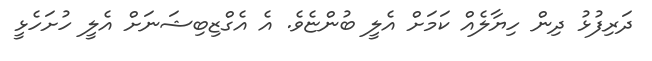
ދަރިފުޅު ދިން ހިޔާލެއް ކަމަށް އެލީ ބުންޏެވެ. އެ އެގްޒިބިޝަނަށް އެލީ ހުށަހެޅީ